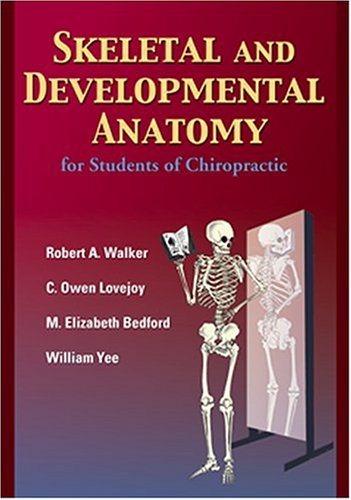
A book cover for Skeletal and Developmental Anatomy, Second Edition; Robert A. Walker; Medical Books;